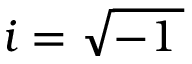
i = { \sqrt { - 1 \, } }